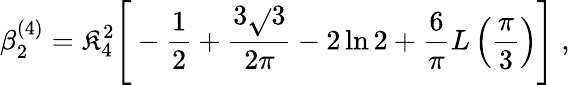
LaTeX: \beta_{2}^{(4)}=\mathfrak{K}_{4}^{2}\Bigg[-\frac{{1}}{{2}}+\frac{{3\sqrt{}{{3}}}}{{2\pi}}-2\ln2+\frac{{6}}{{\pi}}L\left(\frac{{\pi}}{{3}}\right)\Bigg]\; ,